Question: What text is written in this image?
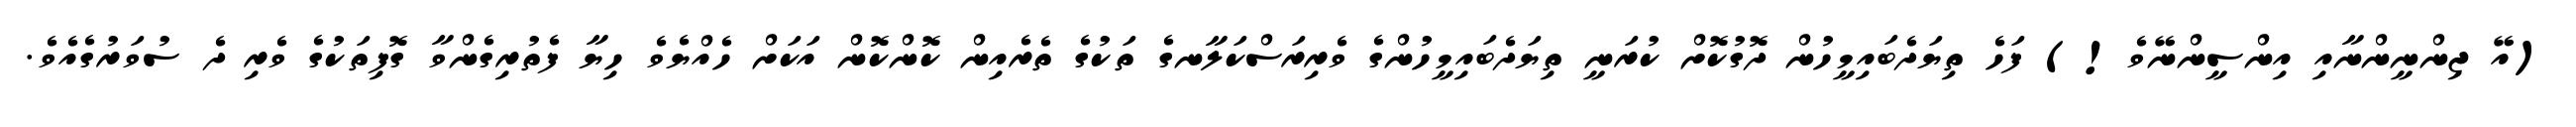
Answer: (އޭ ޖިންނީންނާއި އިންސީންނޭވެ!) ފަހެ ތިޔަދެބައިމީހުން ދޮގުކޮށް ކުރަނީ ތިޔަދެބައިމީހުންގެ ވެރިރަސްކަލާނގެ ތަކުގެ ތެރެއިން ކޮންކޮން އަކަށް ހެއްޔެވެ ހިޔާ ފެތުރިގެންވާ ގޮފިތަކުގެ ވެރި ދެ ސުވަރުގެއެވެ.